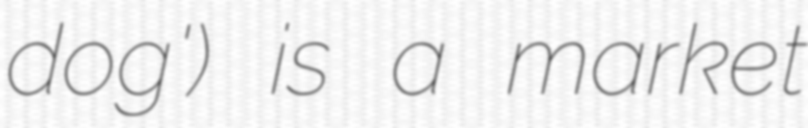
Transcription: dog') is a market